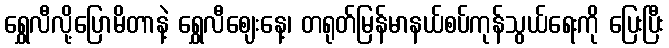
ရွှေလီလို့ပြောမိတာနဲ့ ရွှေလီဈေးနေ့၊ တရုတ်မြန်မာနယ်စပ်ကုန်သွယ်ရေးကို ပြေးပြီး